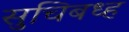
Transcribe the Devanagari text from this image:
सुचिबध्ह